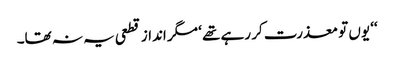
‘‘ یوں تو معذرت کر رہے تھے ‘ مگر انداز قطعی یہ نہ تھا۔